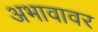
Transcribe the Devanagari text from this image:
अभावावर